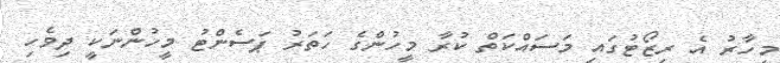
މިހާރު އެ ރިޒޯޓުގައި މަސައްކަތް ކުރާ މީހުންގެ ހަތަރު ޕަސެންޓު މީހުންނަކީ ދިވެހި